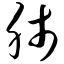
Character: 肺